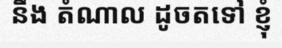
នឹង តំណាល ដូចតទៅ ខ្ញុំ